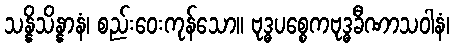
သန္နိသိန္နာနံ၊ စည်းဝေးကုန်သော။ ဗုဒ္ဓပစ္စေကဗုဒ္ဓခီဏာသဝါနံ၊